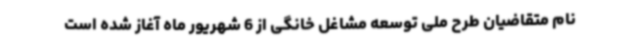
نام متقاضیان طرح ملی توسعه مشاغل خانگی از 6 شهریور ماه آغاز شده است